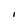
Character: I